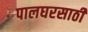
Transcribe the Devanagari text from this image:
पालघरसाठी